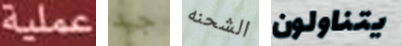
عملية جيد الشحنه يتناولون